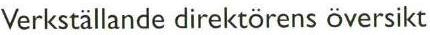
Verkställande direktörens översikt